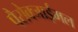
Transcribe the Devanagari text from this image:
पैरोक्जाईमल